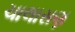
ચાલાસણ